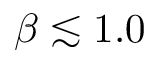
\beta \lesssim 1 . 0